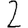
Digit: 2